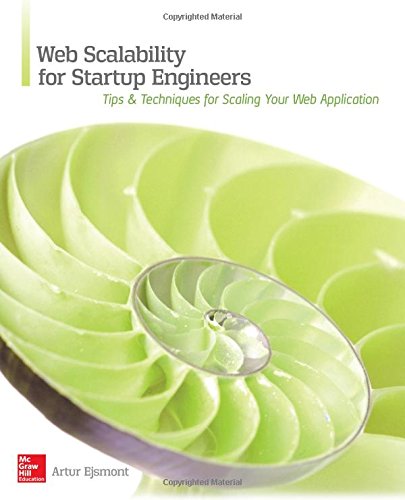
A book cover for Web Scalability for Startup Engineers; Artur Ejsmont; Computers & Technology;